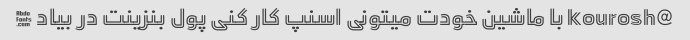
@kourosh با ماشین خودت میتونی اسنپ کار کنی پول بنزینت در بیاد ✌